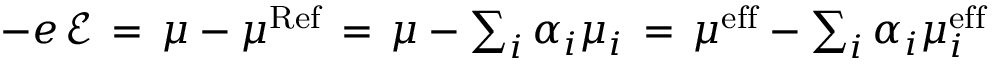
\begin{array} { r } { - e \, \mathcal { E } \, = \, \mu - \mu ^ { \mathrm { R e f } } \, = \, \mu - \sum _ { i } \alpha _ { i } \mu _ { i } \, = \, \mu ^ { \mathrm { e f f } } - \sum _ { i } \alpha _ { i } \mu _ { i } ^ { \mathrm { e f f } } } \end{array}